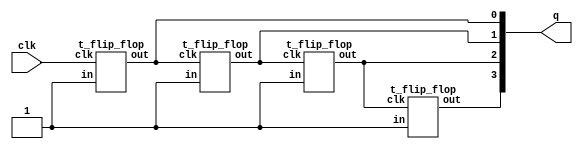

`timescale 1ns / 1ps
//Structural Model using T Flip_Flop

module async_up_counter(input clk,output [3:0] q);

t_flip_flop t1(clk,1'b1,q[0]);
t_flip_flop t2(q[0],1'b1,q[1]);
t_flip_flop t3(q[1],1'b1,q[2]);
t_flip_flop t4(q[2],1'b1,q[3]);
endmodule

module t_flip_flop(input clk,in,output reg out);
initial out=0;
always @(negedge clk) begin
if(in)
    out<=~out; 
else
    out<=out;
end
endmodule